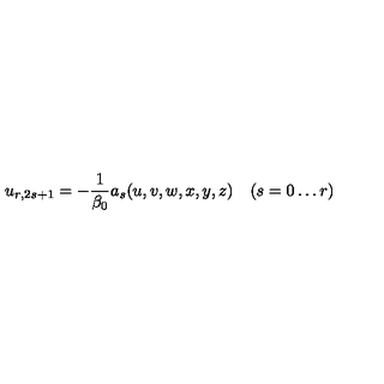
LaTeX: u _ { r , 2 s + 1 } = - \frac { 1 } { \beta _ { 0 } } a _ { s } ( u , v , w , x , y , z ) \quad ( s = 0 \ldots r )